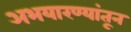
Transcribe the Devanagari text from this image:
अभयारण्यांतून